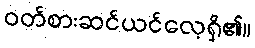
ဝတ်စားဆင်ယင်လေ့ရှိ၏။